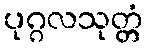
ပုဂ္ဂလသုတ္တံ